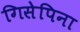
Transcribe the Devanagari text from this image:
गिसेपिना